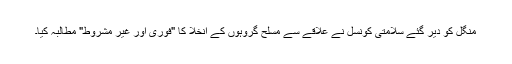
منگل کو دیر گئے سلامتی کونسل نے علاقے سے مسلح گروہوں کے انخلا کا "فوری اور غیر مشروط" مطالبہ کیا۔